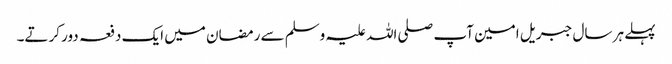
پہلے ہر سال جبریل امین آپ صلی اللہ علیہ وسلم سے رمضان میں ایک دفعہ دور کرتے۔